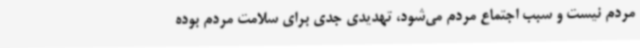
مردم نیست و سبب اجتماع مردم می‌شود، تهدیدی جدی برای سلامت مردم بوده